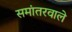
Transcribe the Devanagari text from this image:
समांतरवाले